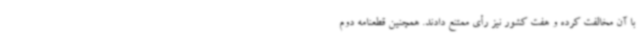
با آن مخالفت کرده و هفت کشور نیز رأی ممتنع دادند. همچنین قطعنامه دوم